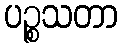
ပဉ္စသတာ